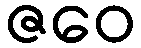
ဇဝေ